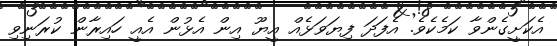
އެކަށީގެންވާ ކަމެކެވެ. އެފަދަ ފިޔަވަޅެއް އީޔޫ އިން އެޅުން އެއީ ހައިރާން ކުރަނިވި